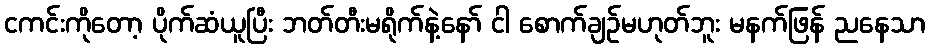
ငကင်းကိုတော့ ပိုက်ဆံယူပြီး ဘတ်တီးမရိုက်နဲ့နော် ငါ စောက်ချဉ်မဟုတ်ဘူး မနက်ဖြန် ညနေသာ